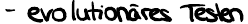
- evolutionäres Testen